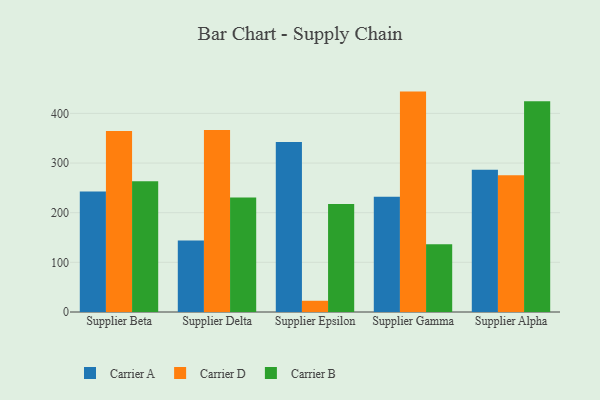
{"axis": {"x": "Supplier", "y": "Customer Acquisition Cost (USD)"}, "legend": ["Carrier A", "Carrier B", "Carrier D"], "data": [{"x": "Supplier Beta", "y": 242.6, "type": "Carrier A"}, {"x": "Supplier Beta", "y": 364.3, "type": "Carrier D"}, {"x": "Supplier Beta", "y": 263.1, "type": "Carrier B"}, {"x": "Supplier Delta", "y": 143.9, "type": "Carrier A"}, {"x": "Supplier Delta", "y": 366.7, "type": "Carrier D"}, {"x": "Supplier Delta", "y": 230.5, "type": "Carrier B"}, {"x": "Supplier Epsilon", "y": 342.2, "type": "Carrier A"}, {"x": "Supplier Epsilon", "y": 22.6, "type": "Carrier D"}, {"x": "Supplier Epsilon", "y": 217.4, "type": "Carrier B"}, {"x": "Supplier Gamma", "y": 231.9, "type": "Carrier A"}, {"x": "Supplier Gamma", "y": 443.9, "type": "Carrier D"}, {"x": "Supplier Gamma", "y": 136.6, "type": "Carrier B"}, {"x": "Supplier Alpha", "y": 286.3, "type": "Carrier A"}, {"x": "Supplier Alpha", "y": 275.4, "type": "Carrier D"}, {"x": "Supplier Alpha", "y": 424.5, "type": "Carrier B"}]}